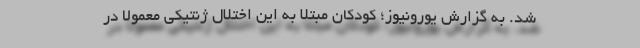
شد. به گزارش یورونیوز؛ کودکان مبتلا به این اختلال ژنتیکی معمولا در